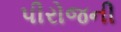
પીરોજની